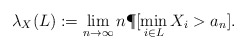
\begin{align*}\lambda_X(L):= \lim_{n\to\infty} n \P[ \min_{i\in L} X_i>a_n]. \end{align*}